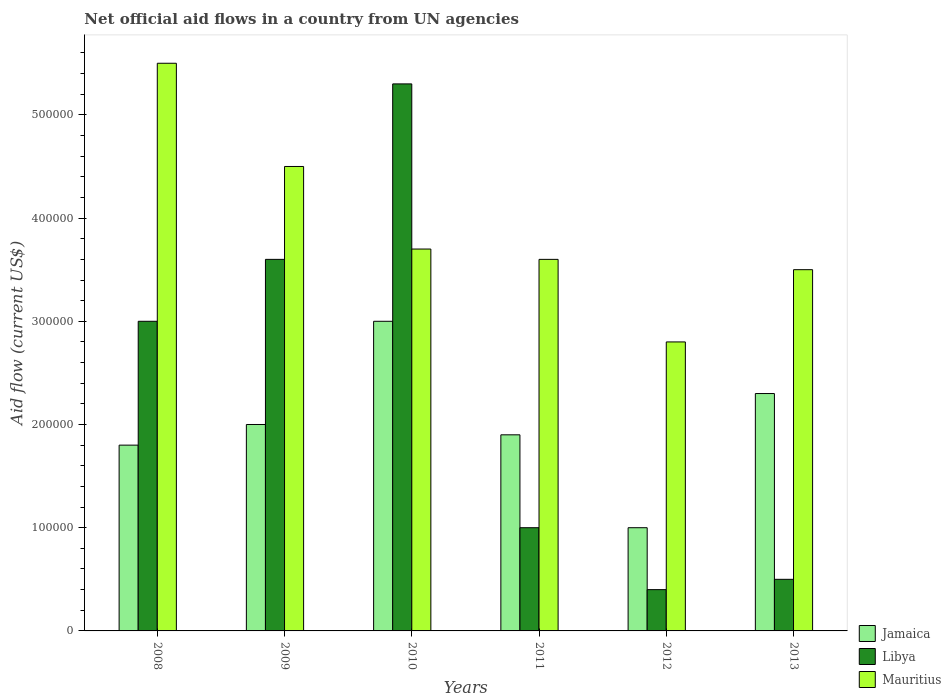
| Years | Jamaica | Libya | Mauritius |
 | --- | --- | --- | --- |
 | 2008 | 1.8e+05 | 3e+05 | 5.5e+05 |
 | 2009 | 2e+05 | 3.6e+05 | 4.5e+05 |
 | 2010 | 3e+05 | 5.3e+05 | 3.7e+05 |
 | 2011 | 1.9e+05 | 1e+05 | 3.6e+05 |
 | 2012 | 1e+05 | 4e+04 | 2.8e+05 |
 | 2013 | 2.3e+05 | 5e+04 | 3.5e+05 |